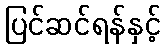
ပြင်ဆင်ရန်နှင့်